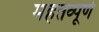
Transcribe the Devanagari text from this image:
महतव्पूर्ण